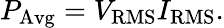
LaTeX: P_{\mathrm{Avg}}=V_{\mathrm{RMS}}I_{\mathrm{RMS}}.